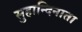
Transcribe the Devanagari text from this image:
सुहान्दिनाता